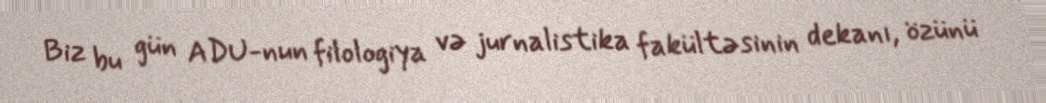
Biz bu gün ADU-nun filologiya və jurnalistika fakültəsinin dekanı, özünü